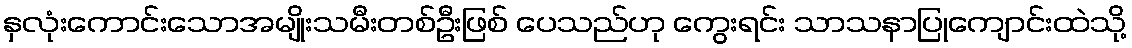
နှလုံးကောင်းသောအမျိုးသမီးတစ်ဦးဖြစ် ပေသည်ဟု ကွေးရင်း သာသနာပြုကျောင်းထဲသို့